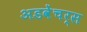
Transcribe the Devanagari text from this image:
अडवेंचर्स